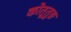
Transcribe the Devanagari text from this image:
कोतूतुङ